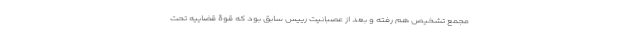
مجمع تشخیص هم رفته و بعد از عصبانیت رییس سابق بود که قوۀ قضاییه تحت